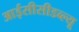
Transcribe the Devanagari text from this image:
आईसीसीडब्‍ल्‍यू